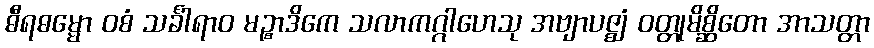
ဓီရဓမ္မော ဝစံ သင်္ခါရာဝ မဉ္စာဒိကေ သလာကဂ္ဂါဟေသု အဗျာပဇ္ဈံ ဝတ္တုမိစ္ဆိတော အာသတ္တာ